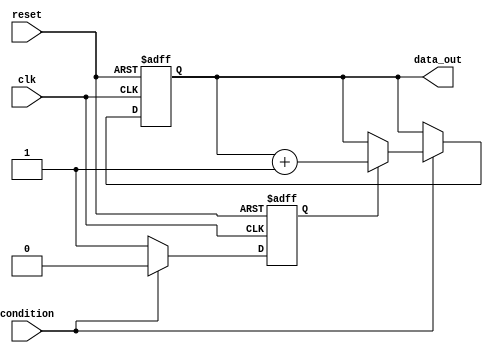
module conditional_wait (
    input wire clk,           // Clock signal
    input wire reset,         // Reset signal
    input wire condition,     // Condition signal
    output reg [7:0] data_out // Example output data
);

    // Temporary state variable
    reg waiting;

    // Behavioral block
    always @(posedge clk or posedge reset) begin
        if (reset) begin
            waiting <= 1'b0;      // Reset the waiting status
            data_out <= 8'h00;    // Reset output data
        end else begin
            if (~condition) begin
                waiting <= 1'b1;   // Enter waiting state
            end else if (waiting) begin
                waiting <= 1'b0;   // Exit waiting state
                // Execute logic after the condition is satisfied
                data_out <= data_out + 1; // Example operation
            end
        end
    end

endmodule